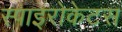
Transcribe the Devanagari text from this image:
स्पाइरोकेटस